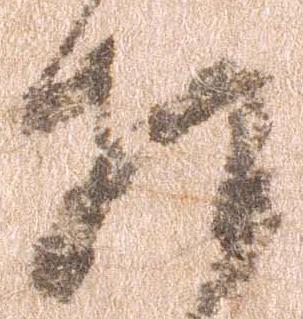
相